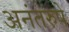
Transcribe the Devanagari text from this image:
अनंतरुपे